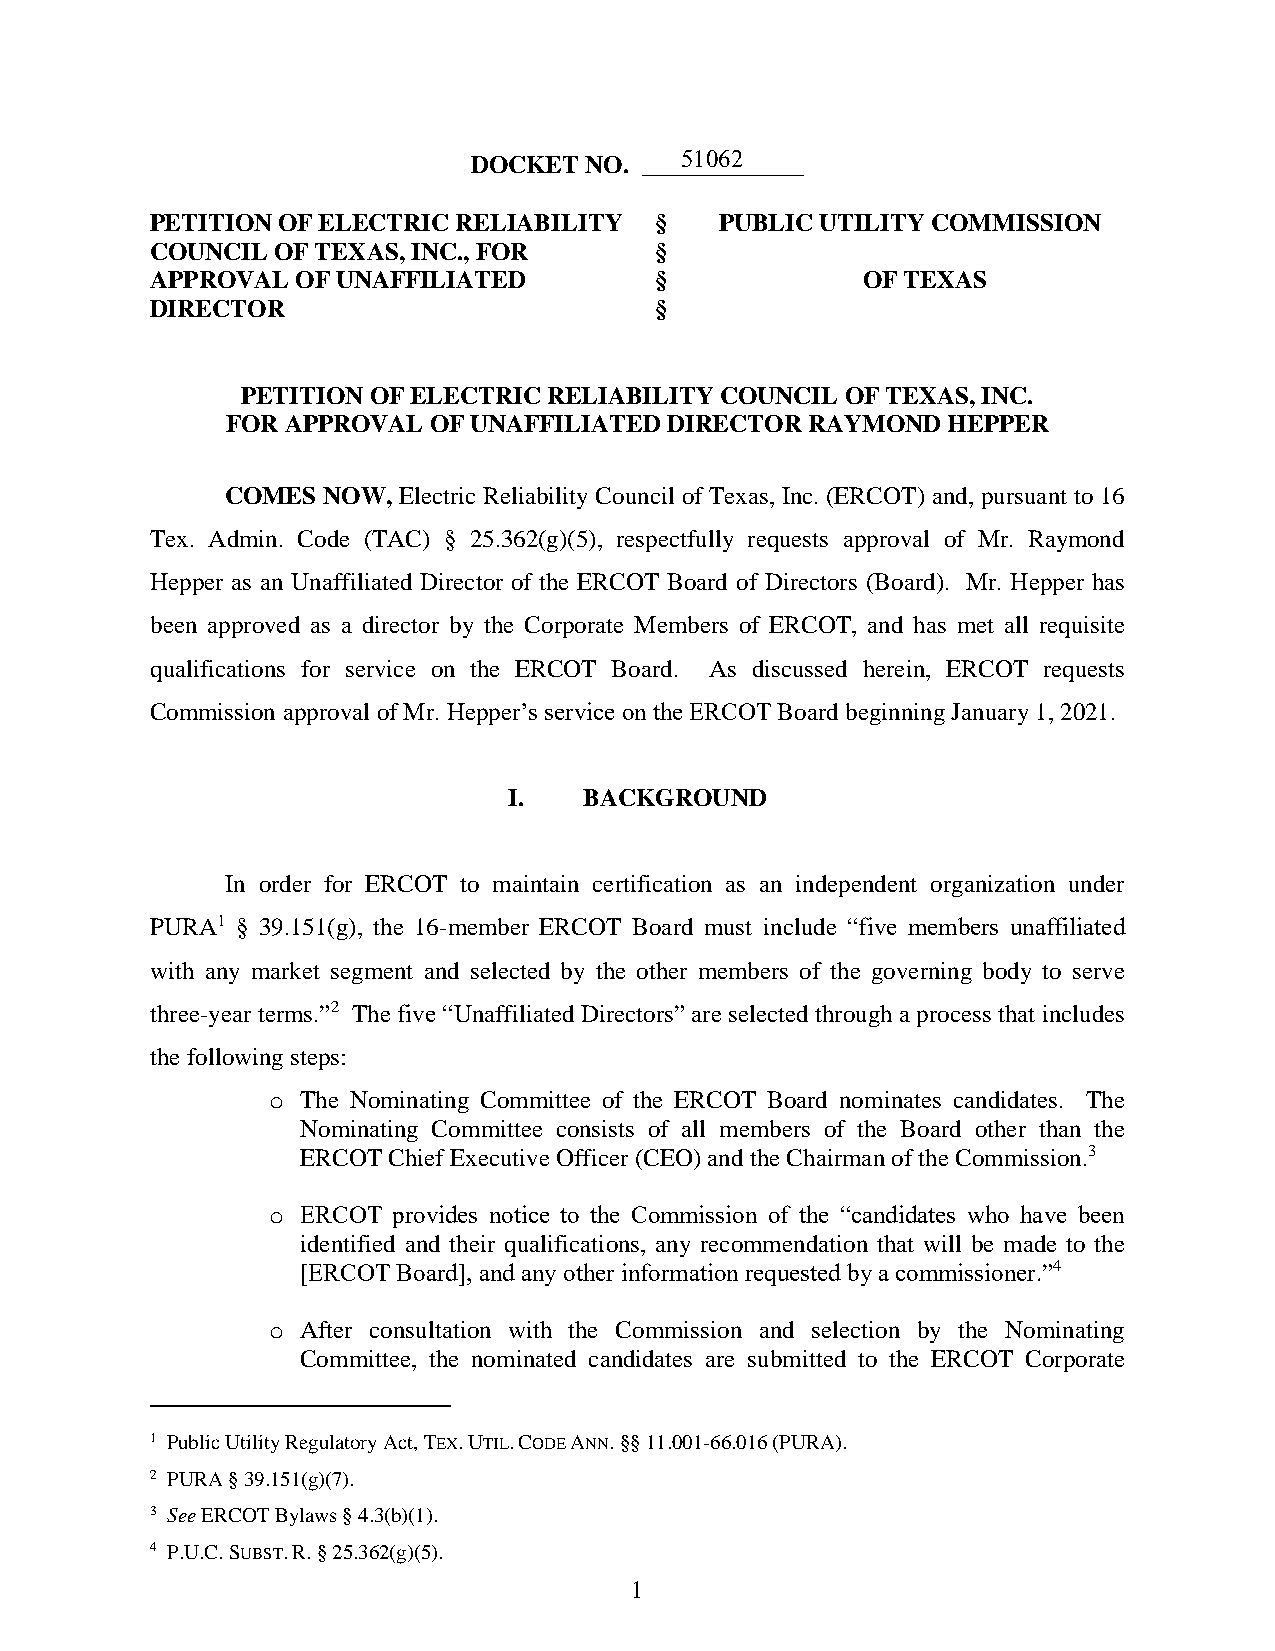
DOCKET  NO. ____5_1_0_6_2_____
 PETITION OF ELECTRIC RELIABILITY §    PUBLIC UTILITY COMMISSION
 COUNCIL OF TEXAS, INC., FOR      §
 APPROVAL  OF UNAFFILIATED        §             OF TEXAS
 DIRECTOR                         §
 PETITION OF ELECTRIC RELIABILITY COUNCIL OF TEXAS, INC.
 FOR APPROVAL OF UNAFFILIATED DIRECTOR  RAYMOND  HEPPER
 COMES NOW, Electric Reliability Council of Texas, Inc. (ERCOT) and, pursuant to 16
 Tex. Admin. Code (TAC) § 25.362(g)(5), respectfully requests approval of Mr. Raymond
 Hepper as an Unaffiliated Director of the ERCOT Board of Directors (Board). Mr. Hepper has
 been approved as a director by the Corporate Members of ERCOT, and has met all requisite
 qualifications for service on the ERCOT Board. As discussed herein, ERCOT requests
 Commission approval of Mr. Hepper’s service on the ERCOT Board beginning January 1, 2021.
 I.   BACKGROUND
 In order for ERCOT to maintain certification as an independent organization under
 PURA1 § 39.151(g), the 16-member ERCOT Board must include “five members unaffiliated
 with any market segment and selected by the other members of the governing body to serve
 three-year terms.”2 The five “Unaffiliated Directors” are selected through a process that includes
 the following steps:
 o The Nominating Committee of the ERCOT Board nominates candidates. The
 Nominating Committee consists of all members of the Board other than the
 ERCOT Chief Executive Officer (CEO) and the Chairman of the Commission.3
 o ERCOT provides notice to the Commission of the “candidates who have been
 identified and their qualifications, any recommendation that will be made to the
 [ERCOT Board], and any other information requested by a commissioner.”4
 o After consultation with the Commission and selection by the Nominating
 Committee, the nominated candidates are submitted to the ERCOT Corporate
 1 Public Utility Regulatory Act, TEX. UTIL. CODE ANN. §§ 11.001-66.016 (PURA).
 2 PURA § 39.151(g)(7).
 3 See ERCOT Bylaws § 4.3(b)(1).
 4 P.U.C. SUBST. R. § 25.362(g)(5).
 1